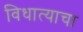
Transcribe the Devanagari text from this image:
विधात्याचा